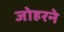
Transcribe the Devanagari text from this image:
जोहरने